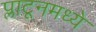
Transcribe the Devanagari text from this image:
प्लाटूनमध्ये